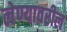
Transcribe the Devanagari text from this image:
लेण्यावरील